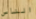
الناس